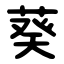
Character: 葵